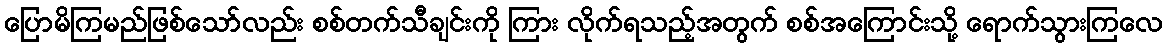
ပြောမိကြမည်ဖြစ်သော်လည်း စစ်တက်သီချင်းကို ကြား လိုက်ရသည့်အတွက် စစ်အကြောင်းသို့ ရောက်သွားကြလေ